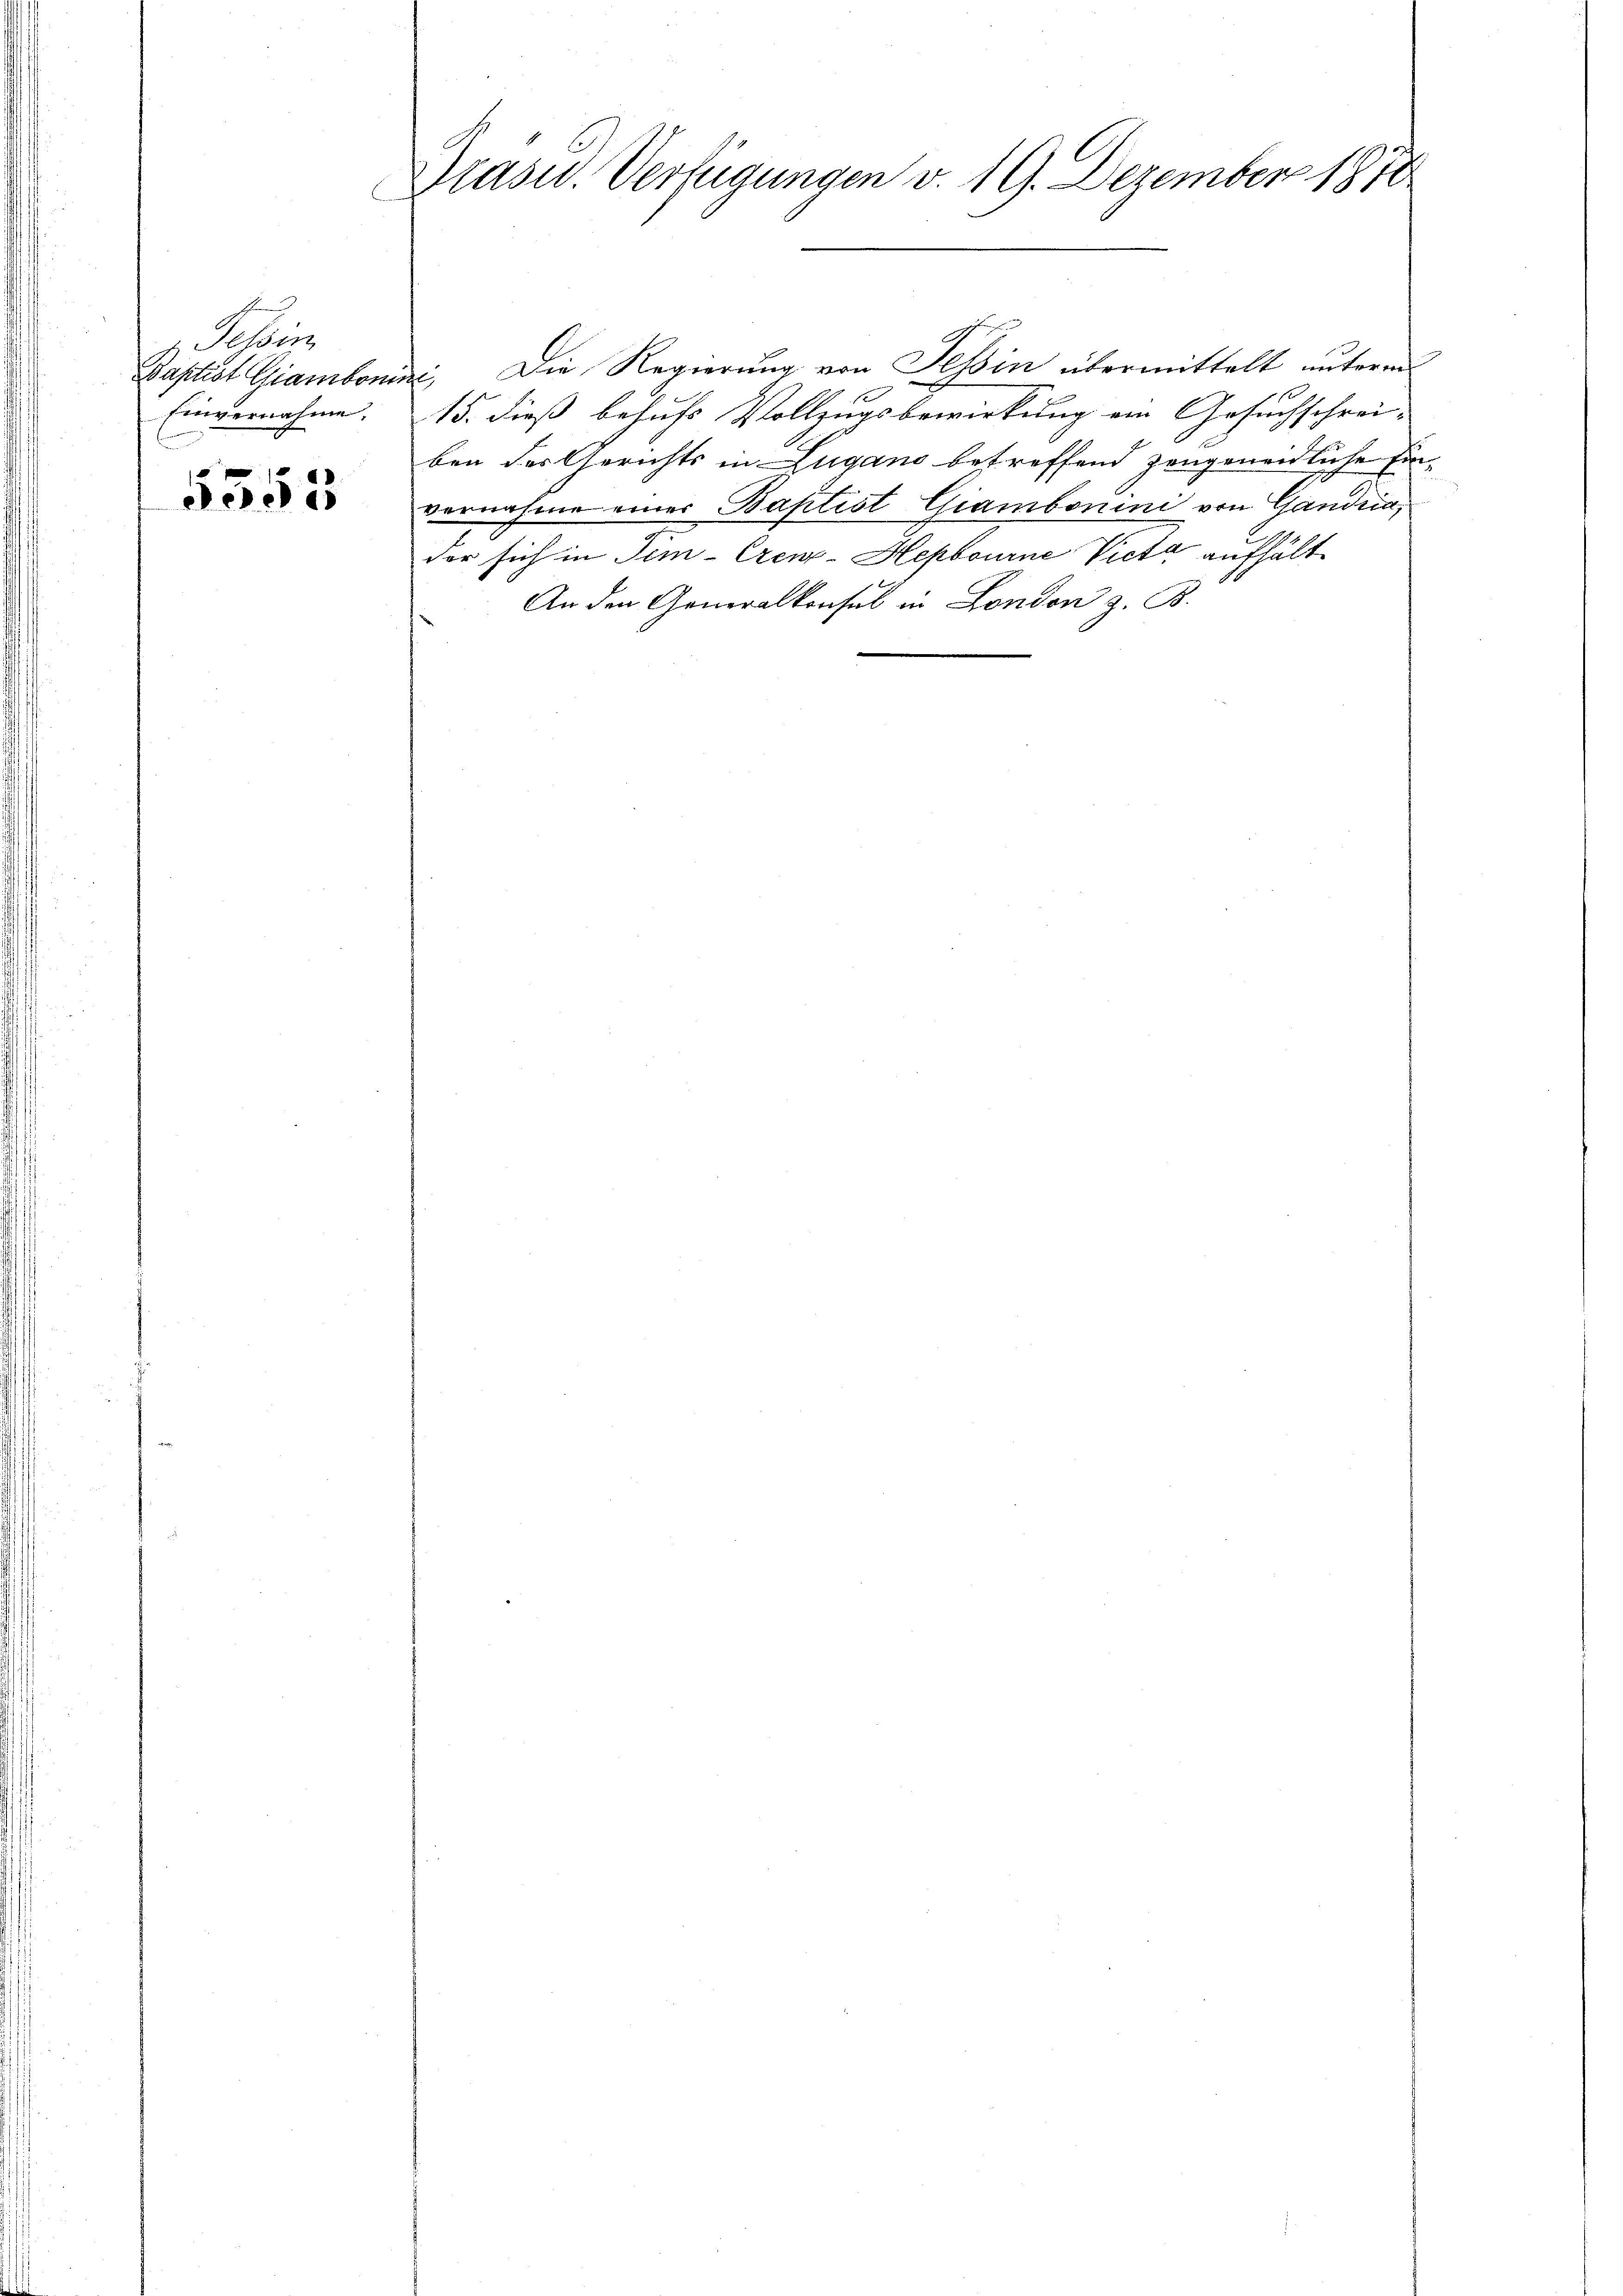
Schri
Baptist Giambon
Einvernahme.

252

G
Präsid. Verfügungen v. 19. Dezember 1878

in. Die Regierung von Tessin übermittelt unterm
15. dieß behufs Vollzugsbewirkung ein Gesuchschrei- |
ben der Gerichts in Lugano betreffend zeugenendliche Einvernahme einer Baptist Giambonini von Ganden,
der sich in Tim-Crenz-Hepbourne Victa aufhält
An den Generalkonsul in London z. B.